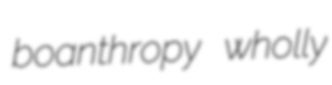
boanthropy wholly